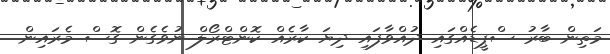
މަތިން ބާރު ސްޕީޑެއްގައި ދުއްވާފައި ދިޔަ ކާރެއް ކޮންޓްރޯލް ނުވެގެން ގޮސް މެރައިން